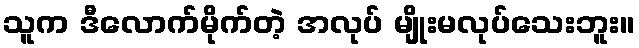
သူက ဒီလောက်မိုက်တဲ့ အလုပ် မျိုးမလုပ်သေးဘူး။